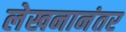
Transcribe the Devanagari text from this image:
लेखनानंतर